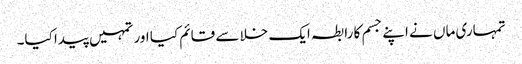
تمہاری ماں نے اپنے جسم کا رابطہ ایک خلا سے قائم کیا اور تمہیں پیدا کیا۔